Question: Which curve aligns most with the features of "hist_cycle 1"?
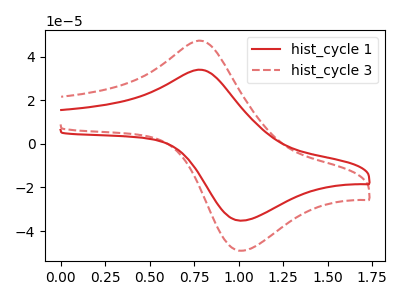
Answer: <think>The red curve "hist_cycle 1" has an anodic peak at (0.80V, 34.00uA) and a cathodic peak at (1.00V, -35.20uA). The red dashed curve "hist_cycle 3" has an anodic peak at (0.80V, 47.30uA) and a cathodic peak at (1.00V, -49.00uA).
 All the peaks in "hist_cycle 1" have a peak in "hist_cycle 3" at the same potential. Every peak in "hist_cycle 1" is lower than every peak in "hist_cycle 3".</think>
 <answer>The CV with the most similar shape to "hist_cycle 3" is "hist_cycle 1".</answer>
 <eval>"hist_cycle 1"</eval>